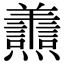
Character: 𦏬